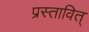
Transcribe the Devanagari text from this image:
प्रस्तावित्